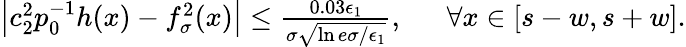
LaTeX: \begin{array}{rl}{\left|c_{2}^{2}p_{0}^{-1}h(x)-f_{\sigma}^{2}(x)\right|\le\frac{0.03\epsilon_{1}}{\sigma\sqrt{\ln{e\sigma/\epsilon_{1}}}},~}&{{}~\forall x\in[s-w,s+w].}\end{array}